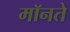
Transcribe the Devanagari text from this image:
मॉनते